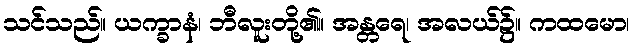
သင်သည်။ ယက္ခာနံ၊ ဘီလူးတို့၏။ အန္တရေ၊ အလယ်၌။ ကထမော၊